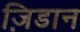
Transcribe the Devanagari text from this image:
ज़िडान